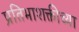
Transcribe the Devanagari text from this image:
प्रतिभाशक्तीच्या